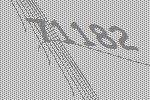
71182